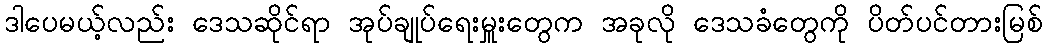
ဒါပေမယ့်လည်း ဒေသဆိုင်ရာ အုပ်ချုပ်ရေးမှူးတွေက အခုလို ဒေသခံတွေကို ပိတ်ပင်တားမြစ်